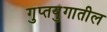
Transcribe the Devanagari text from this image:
गुप्तयुगातील